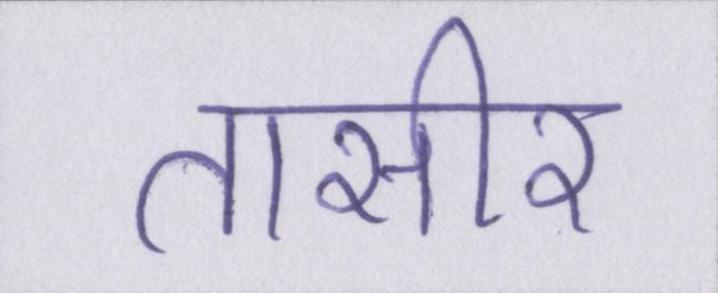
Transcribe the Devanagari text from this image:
तासीर